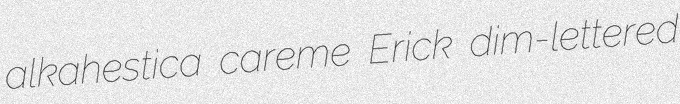
alkahestica careme Erick dim-lettered